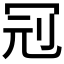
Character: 𠜍